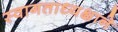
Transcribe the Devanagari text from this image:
स्वागताध्यक्षाने